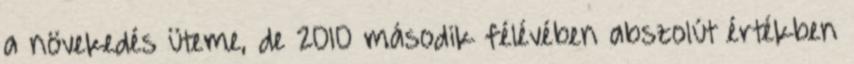
a növekedés üteme, de 2010 második félévében abszolút értékben